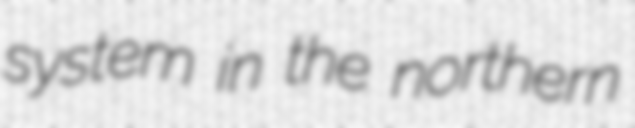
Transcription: system in the northern